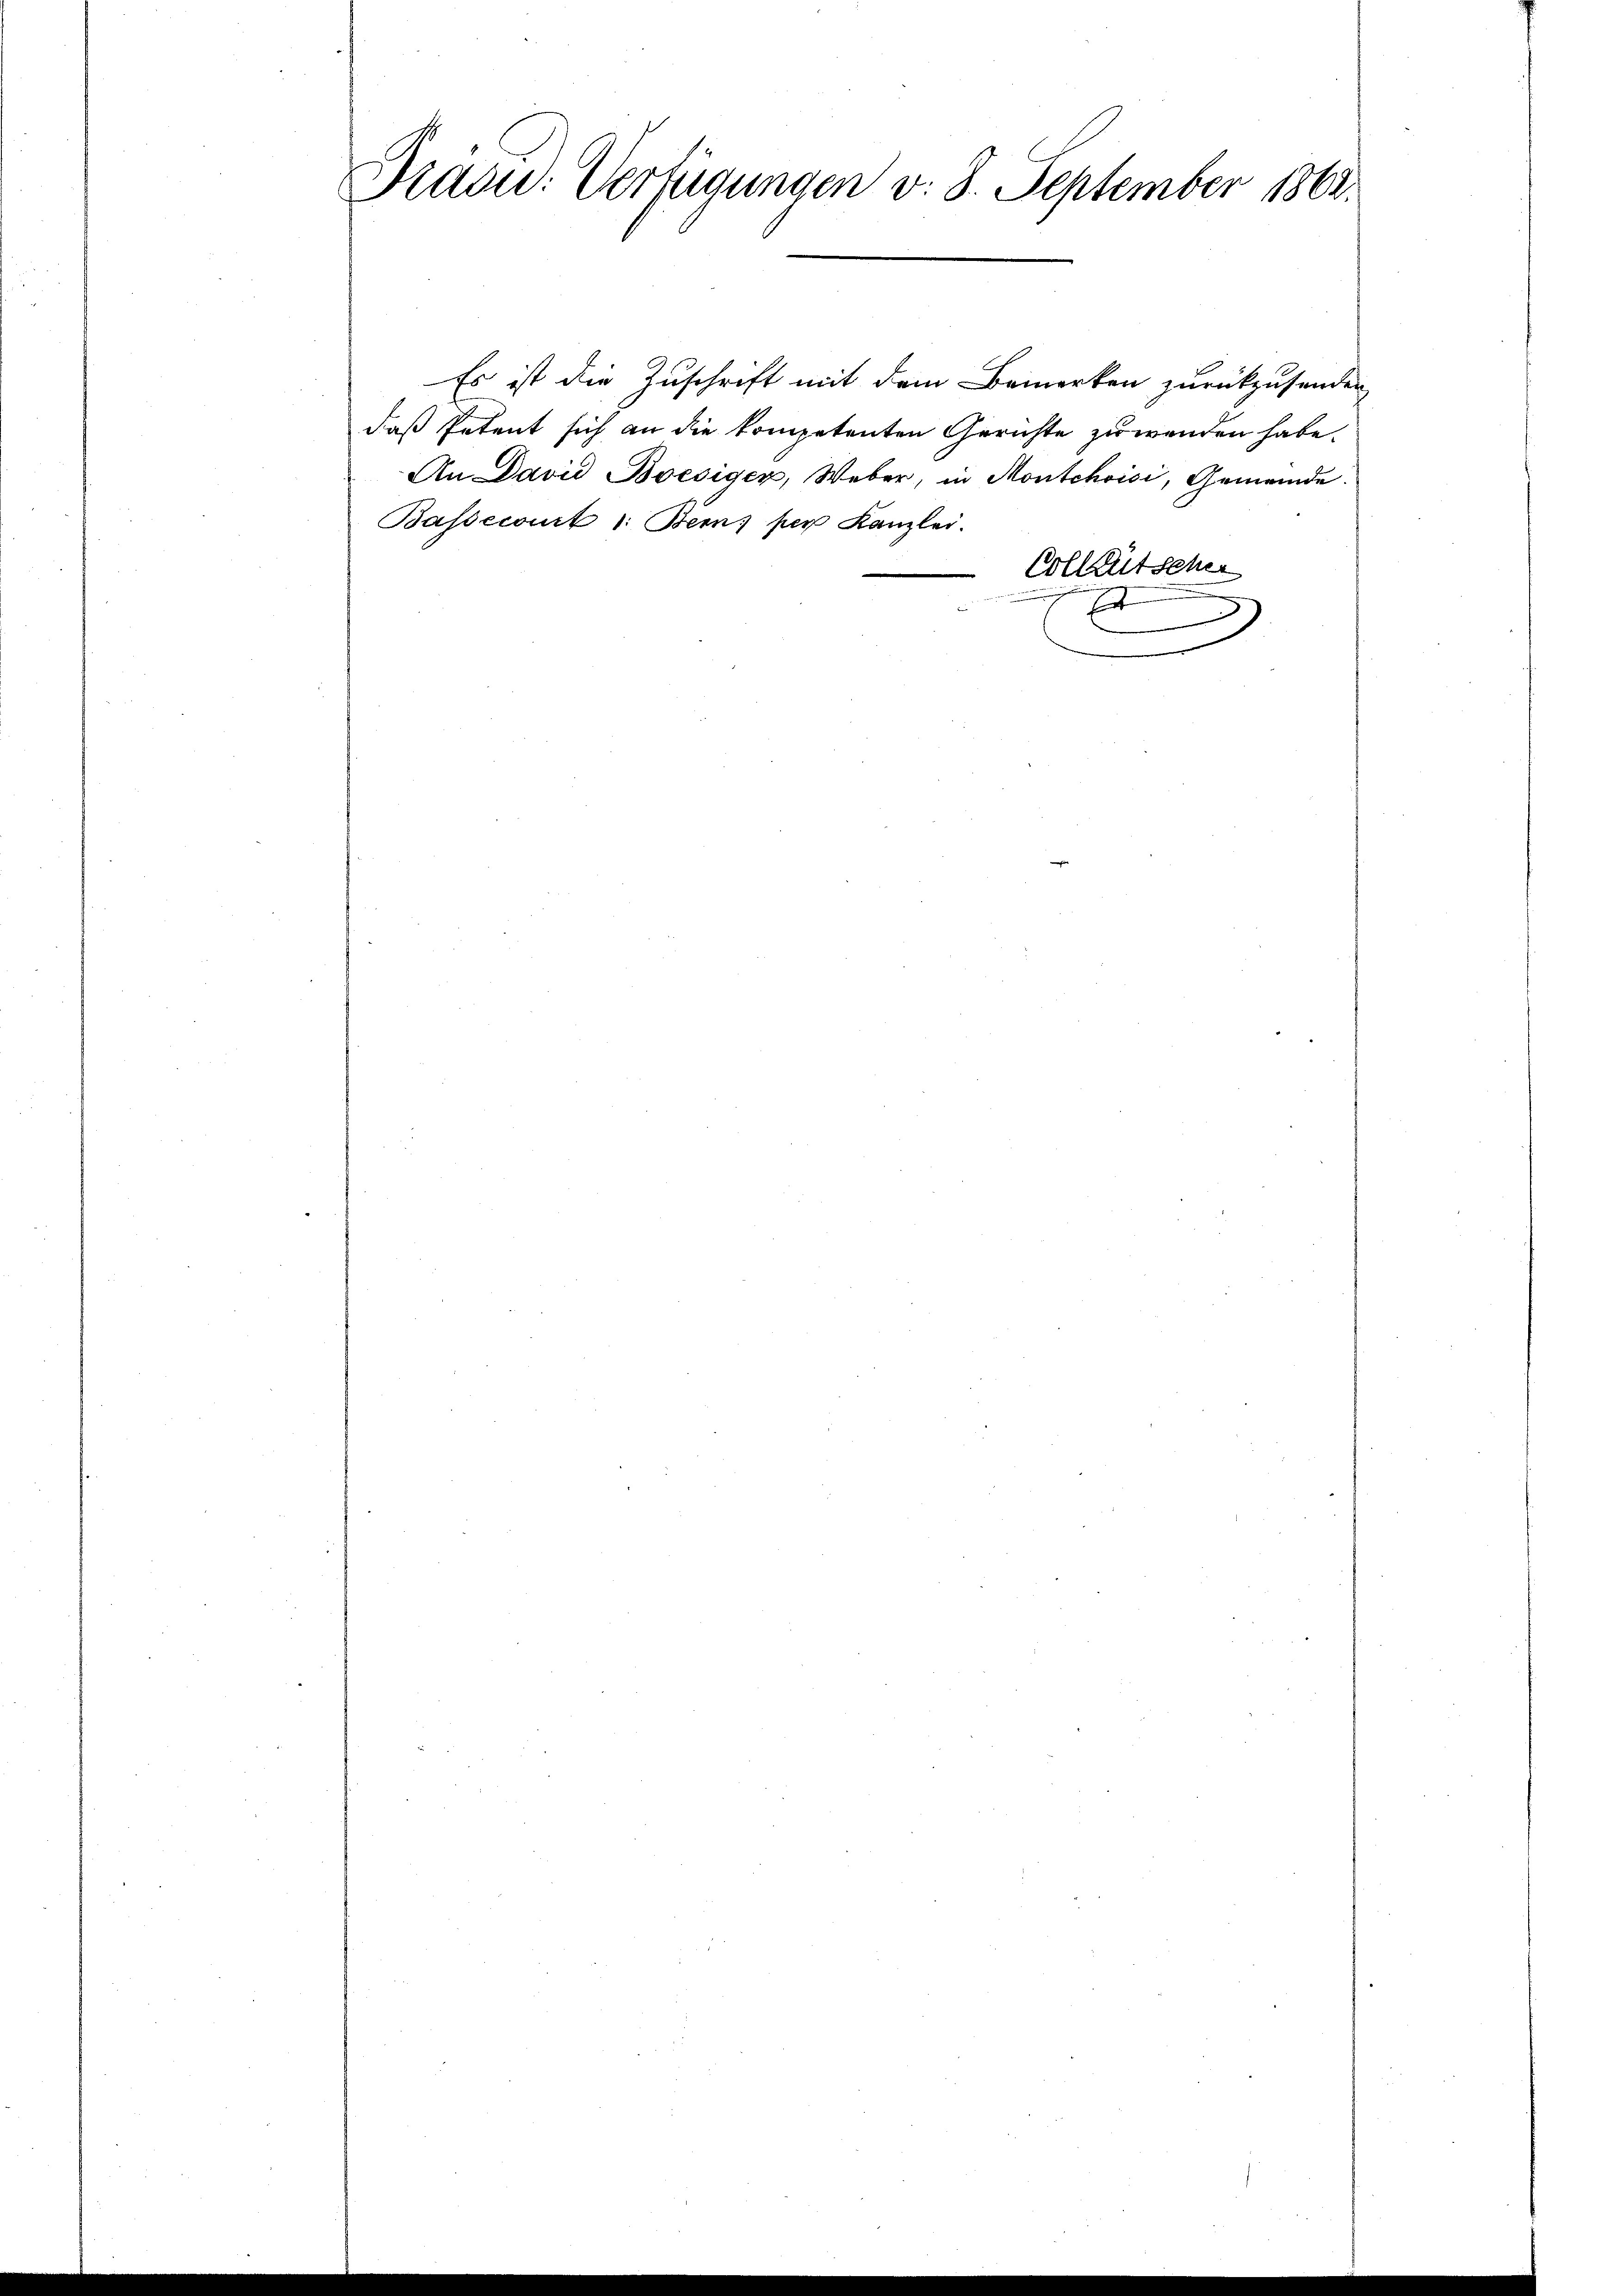
Präsid. Verfügungen v. 8. September 1862.

Es ist die Zuschrift mit dem Bemerken zurückzusenden
daß Petent sich an die kompetenten Gerichte zuwenden habe.
An David Boesiger, Weber, in Montchoisi, Gemeinde
Bassecourt 1: Bem per Kanzlei.
Vollkutscher